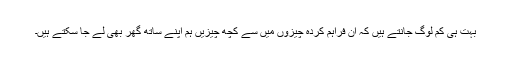
بہت ہی کم لوگ جانتے ہیں کہ ان فراہم کردہ چیزوں میں سے کچھ چیزیں ہم اپنے ساتھ گھر بھی لے جا سکتے ہیں۔